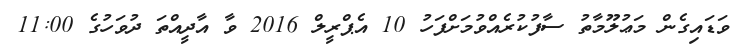
ވަޑައިގެން މަޢުލޫމާތު ސާފުކުރެއްވުމަށްފަހު 10 އެޕްރީލް 2016 ވާ އާދީއްތަ ދުވަހުގެ 11:00